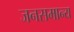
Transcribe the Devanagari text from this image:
जनसमान्य